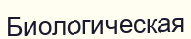
Биологическая